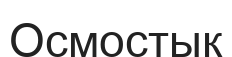
Осмостық